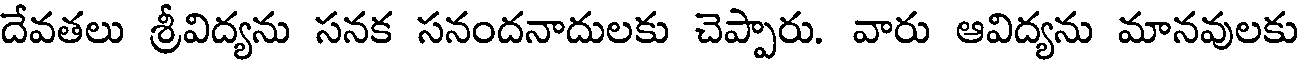
దేవతలు శ్రీవిద్యను సనక సనందనాదులకు చెప్పారు. వారు ఆవిద్యను మానవులకు